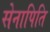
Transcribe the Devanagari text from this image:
सेनापिति